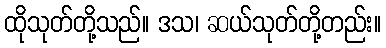
ထိုသုတ်တို့သည်။ ဒသ၊ ဆယ်သုတ်တို့တည်း။